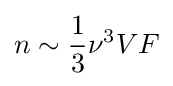
n\sim {1 \over 3}\nu ^{3}VF